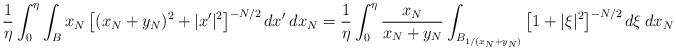
LaTeX: \begin{align*}\frac 1\eta\int_0^\eta\int_{B} x_N\left[(x_N+y_N)^2+|x'|^2\right]^{-N/2}dx'\:dx_N=\frac 1\eta\int_0^\eta\frac{x_N}{x_N+y_N}\int_{B_{1/(x_N+y_N)}}\left[1+|\xi|^2\right]^{-N/2}d\xi\:dx_N\end{align*}